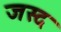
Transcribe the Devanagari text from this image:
जस्द